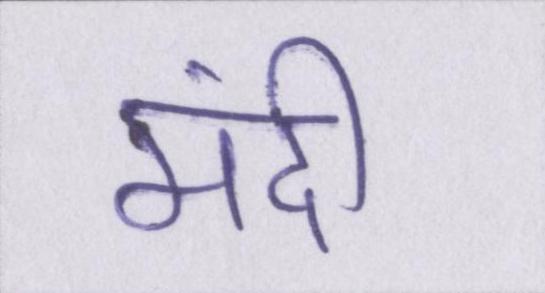
मंदी